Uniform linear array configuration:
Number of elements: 64
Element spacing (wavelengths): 0.75
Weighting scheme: hamming
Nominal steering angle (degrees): -45
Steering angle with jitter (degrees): -43.531
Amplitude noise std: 0.05
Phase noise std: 0.05

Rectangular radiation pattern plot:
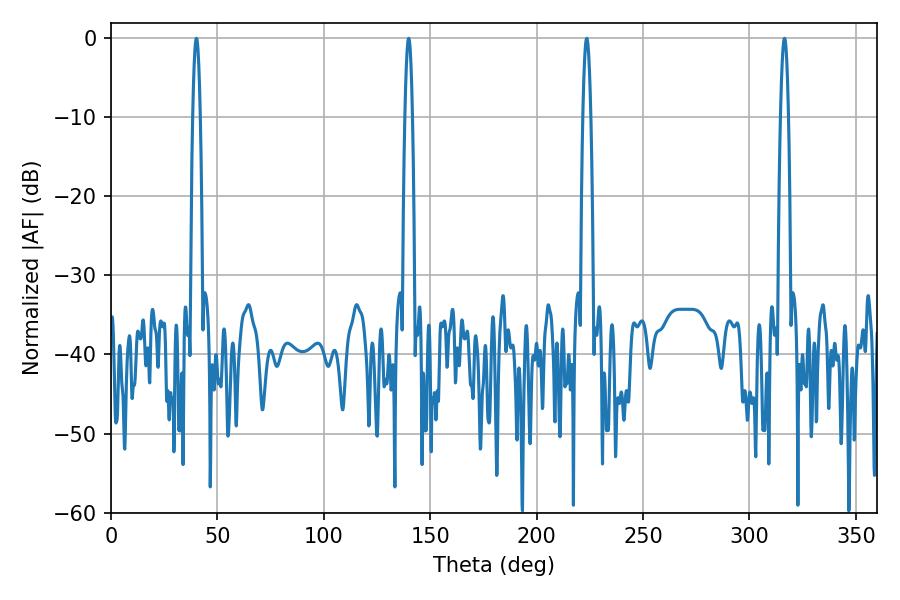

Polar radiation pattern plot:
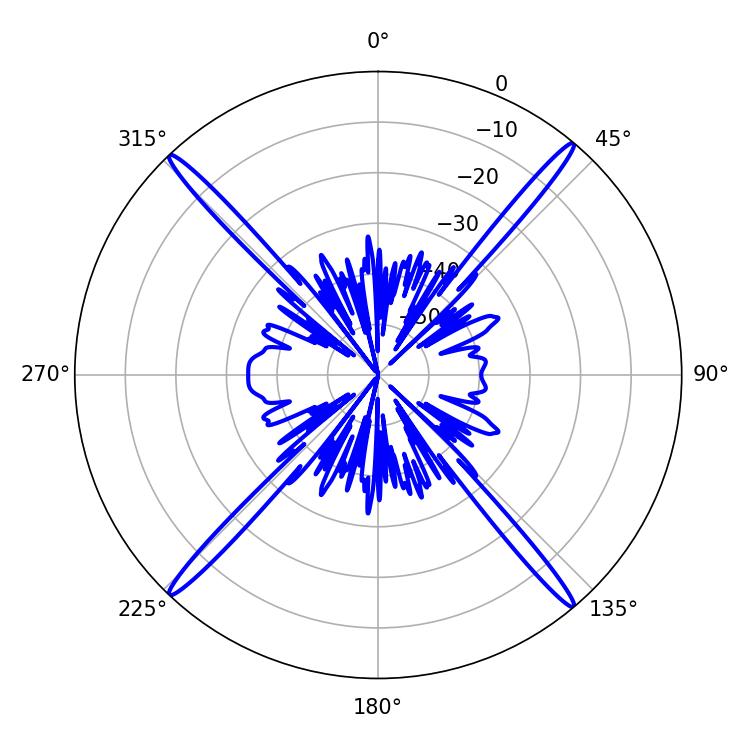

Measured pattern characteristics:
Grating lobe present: TRUE
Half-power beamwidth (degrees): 1.8
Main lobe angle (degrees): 40.14